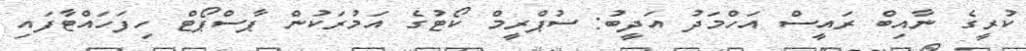
ކުރީގެ ނާއިބް ރައީސް އަހްމަދު އަދީބު: ސުޕްރީމް ކޯޓުގެ އަމުރަކުން ޕާސްޕޯޓް ހިފަހައްޓާފައި